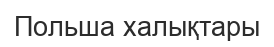
Польша халықтары